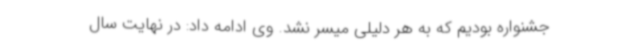
جشنواره بودیم که به هر دلیلی میسر نشد. وی ادامه داد: در نهایت سال